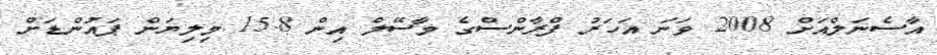
އާސެނަލްއަށް 2008 ވަނަ އަހަރު ފްރާންސްގެ މާސޭލް އިން 15.8 މިލިޔަން ޕައުންޑަށް